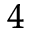
^ 4